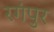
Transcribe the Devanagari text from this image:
रगंपुर